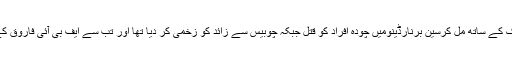
گزشتہ سال پاکستانی نژاد سید فاروق رضوان نے اپنی اہلیہ تاشفین ملک کے ساتھ مل کرسین برنارڈینومیں چودہ افراد کو قتل جبکہ چوبیس سے زائد کو زخمی کر دیا تھا اور تب سے ایف بی آئی فاروق کے آئی فون سے مزید معلومات حاصل کرنے کی کوشش کر رہی ہے۔